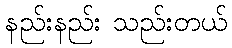
နည်းနည်း သည်းတယ်